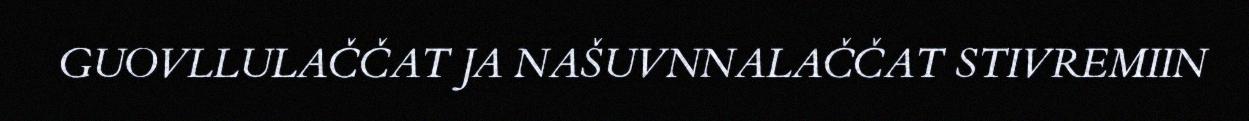
GUOVLLULAČČAT JA NAŠUVNNALAČČAT STIVREMIIN